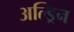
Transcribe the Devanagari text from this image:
अल्ड्रिन